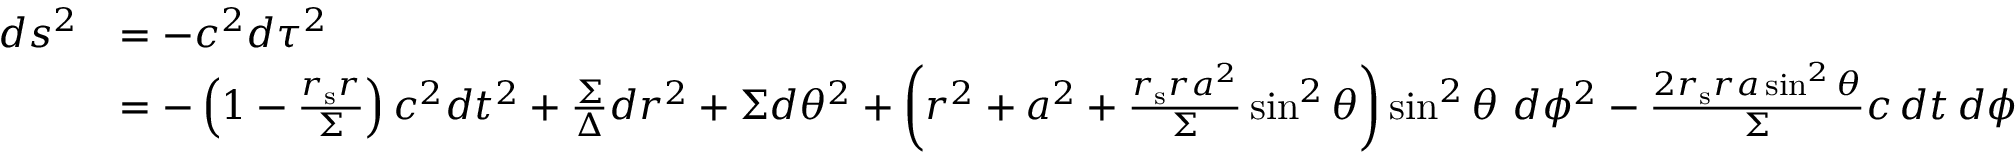
{ \begin{array} { r l } { d s ^ { 2 } } & { = - c ^ { 2 } d \tau ^ { 2 } } \\ & { = - \left( 1 - { \frac { r _ { \mathrm { s } } r } { \Sigma } } \right) c ^ { 2 } d t ^ { 2 } + { \frac { \Sigma } { \Delta } } d r ^ { 2 } + \Sigma d \theta ^ { 2 } + \left( r ^ { 2 } + a ^ { 2 } + { \frac { r _ { \mathrm { s } } r a ^ { 2 } } { \Sigma } } \sin ^ { 2 } \theta \right) \sin ^ { 2 } \theta \ d \phi ^ { 2 } - { \frac { 2 r _ { \mathrm { s } } r a \sin ^ { 2 } \theta } { \Sigma } } c \, d t \, d \phi } \end{array} }